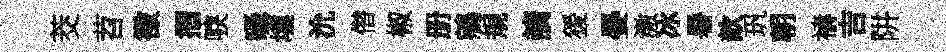
茭苕徴摺唳囁壎沇僣椒册鵷規謫猨晏激冰暑歆㺬朝禱吉阱